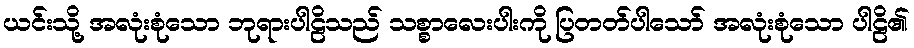
ယင်းသို့ အလုံးစုံသော ဘုရားပါဠိသည် သစ္စာလေးပါးကို ပြတတ်ပါသော် အလုံးစုံသော ပါဠိ၏